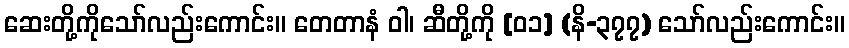
ဆေးတို့ကိုသော်လည်းကောင်း။ တေတာနံ ဝါ၊ ဆီတို့ကို [၀၁] (နိ-၃၇၇) သော်လည်းကောင်း။